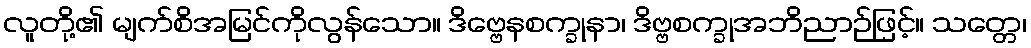
လူတို့၏ မျက်စိအမြင်ကိုလွန်သော။ ဒိဗ္ဗေနစက္ခုနာ၊ ဒိဗ္ဗစက္ခုအဘိညာဉ်ဖြင့်။ သတ္တေ၊